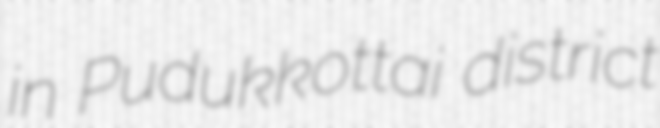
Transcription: in Pudukkottai district